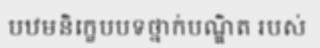
បឋមនិក្ខេបបទថ្នាក់បណ្ឌិត របស់